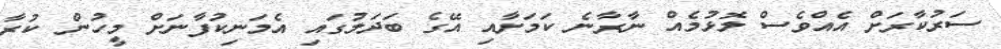
ސަރުކާރަށް އެއްވެސް ލޮޅުމެއް ނާރާނެ ކަމަށާއި އޭގެ ބަދަލުގައި އެމަނިކުފާނަށް މީހުން ކުރާ